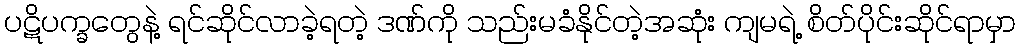
ပဋိပက္ခတွေနဲ့ ရင်ဆိုင်လာခဲ့ရတဲ့ ဒဏ်ကို သည်းမခံနိုင်တဲ့အဆုံး ကျမရဲ့ စိတ်ပိုင်းဆိုင်ရာမှာ